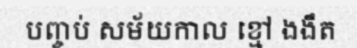
បញ្ចប់ សម័យកាល ខ្មៅ ងងឹត